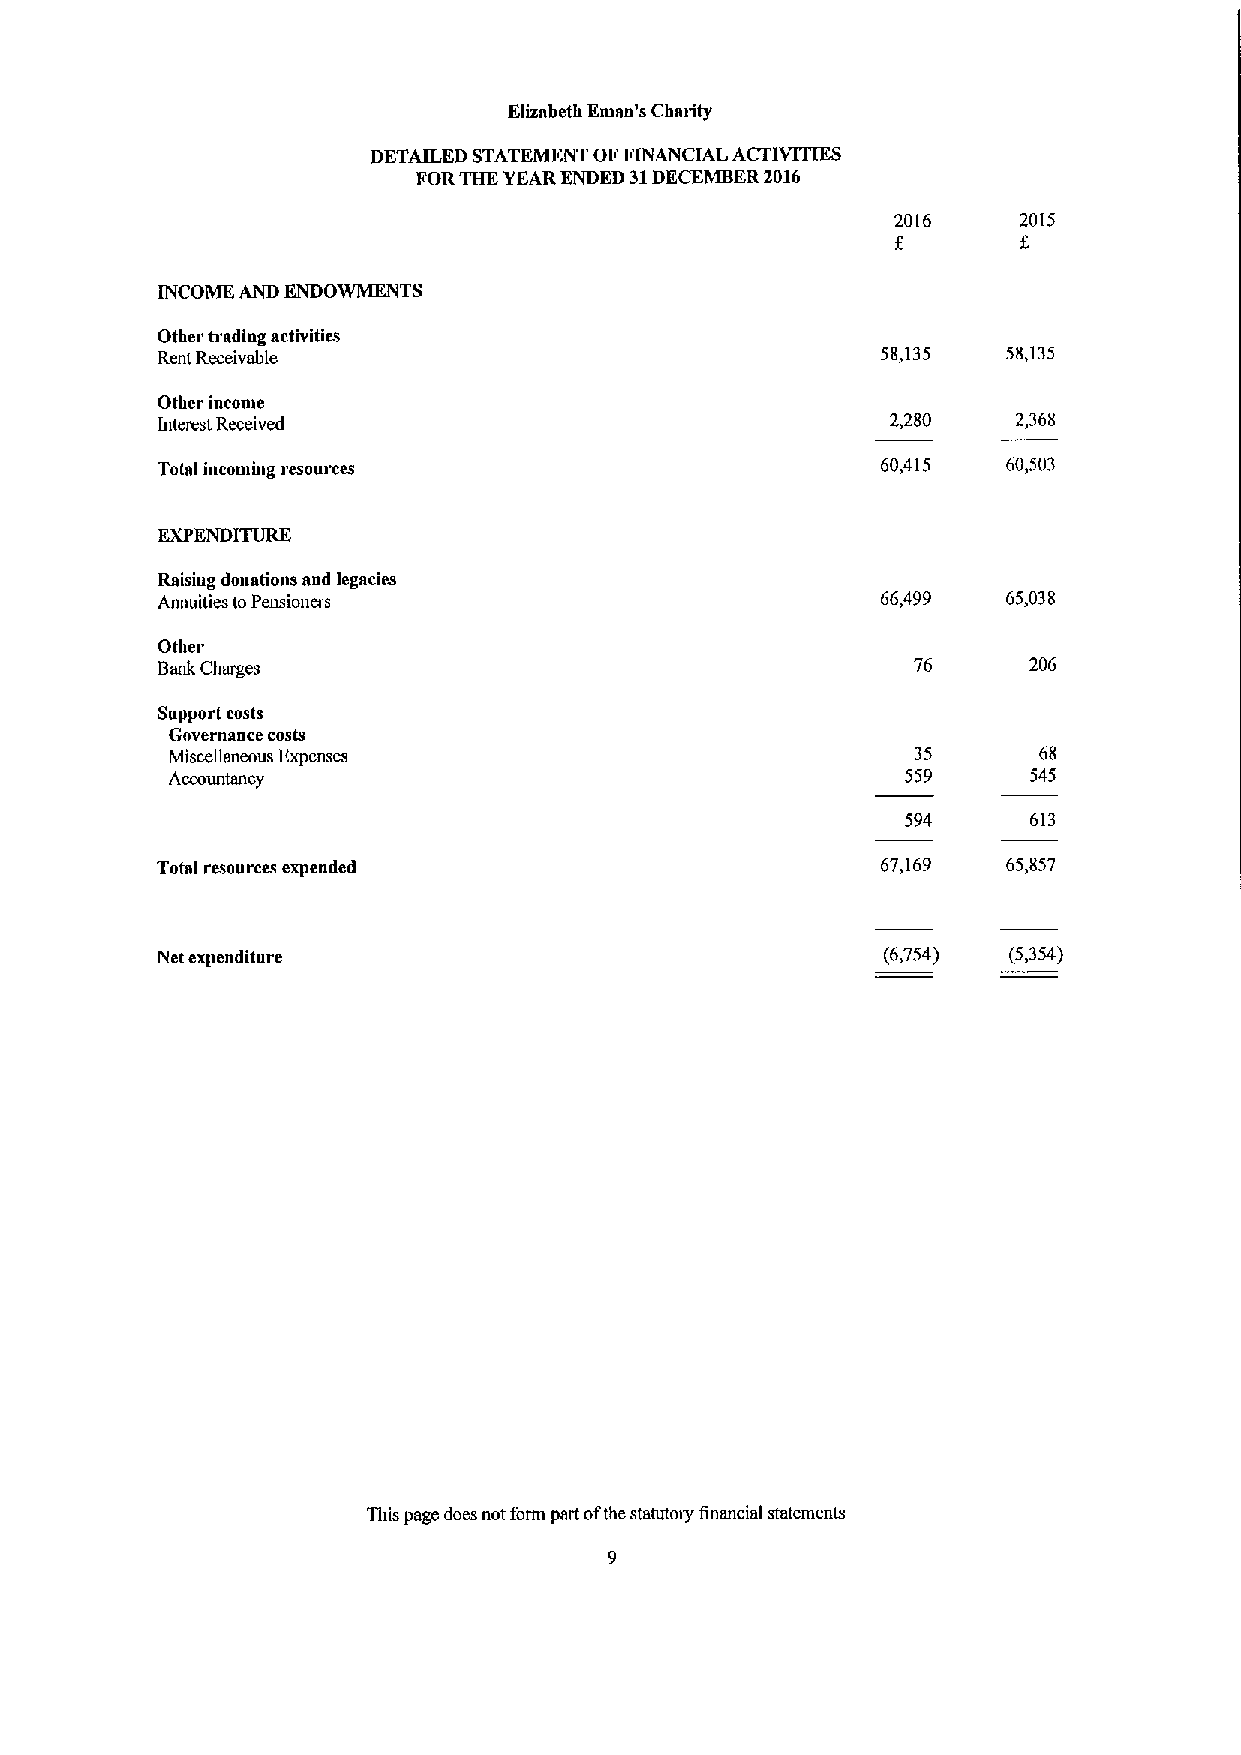
Elizabeth Ktnan's Cbatity
 ACTI~
 DETAILED STATEMENT OFFINANCIAL
 FORTHK YEARENDED 31DECEMBER2016
 2016    2015
 f
 INCOME AND ENDOWMENTS
 Other trading activities
 Rent Receivable                                 58,135   58,135
 Other income
 Interest Received                                2,280   2,368
 Total incoming resources                        60,415   60,503
 EXPENDITURE
 Raisiag donations and legacies
 Annuities toPensioners                          66,499   65,038
 Other
 Bank Charges                                      76      206
 Support costs
 Governance costs
 Miscellaneous Expenses                            35      68
 Accountancy                                      559     545
 594     613
 Total resources expeaded                        67,169   65,857
 Net expenditure                                 (6,754)  (5,354)
 This page does not form part ofthe statutoty financial statements